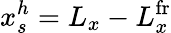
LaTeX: x_{s}^{h}=L_{x}-L_{x}^{\mathrm{fr}}